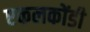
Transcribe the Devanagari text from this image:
एकलकोंडी